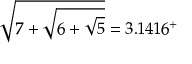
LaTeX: { \sqrt { 7 + { \sqrt { 6 + { \sqrt { 5 } } } } } } = 3 . 1 4 1 6 ^ { + }